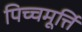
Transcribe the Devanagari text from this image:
पिच्चमूर्त्ति